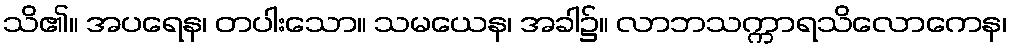
သိ၏။ အပရေန၊ တပါးသော။ သမယေန၊ အခါ၌။ လာဘသက္ကာရသိလောကေန၊